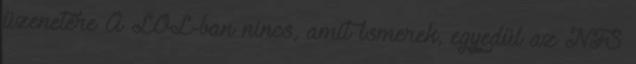
üzenetére A LOL-ban nincs, amit ismerek, egyedül az NFS